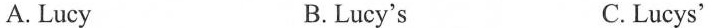
A. Lucy B. Lucy's C.Lucys'